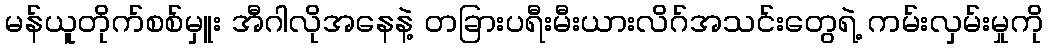
မန်ယူတိုက်စစ်မှူး အီဂါလိုအနေနဲ့ တခြားပရီးမီးယားလိဂ်အသင်းတွေရဲ့ ကမ်းလှမ်းမှုကို